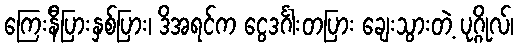
ကြေးနီပြားနှစ်ပြား၊ ဒိအရင်က ငွေဒင်္ဂါးတပြား ချေးသွားတဲ့ ပုဂ္ဂိုလ်၊